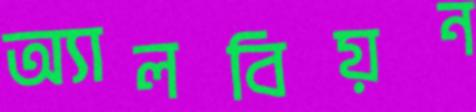
অ্যালবিয়ন